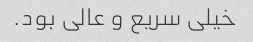
خیلی سریع و عالی بود.